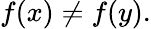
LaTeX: f(x)\neq f(y).